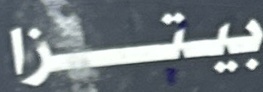
بيتزا